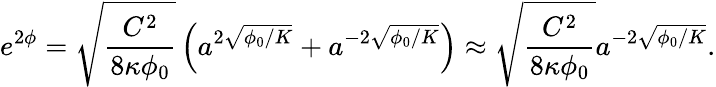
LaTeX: e^{2\phi}=\sqrt{\frac{C^{2}}{8\kappa\phi_{0}}}\left(a^{2\sqrt{\phi_{0}/K}}+a^{-2\sqrt{\phi_{0}/K}}\right)\approx\sqrt{\frac{C^{2}}{8\kappa\phi_{0}}}a^{-2\sqrt{\phi_{0}/K}}.